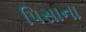
પિસાના